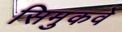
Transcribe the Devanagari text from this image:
सिमुकवे